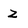
Character: Z